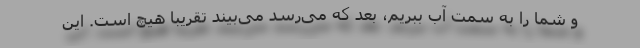
و شما را به سمت آب ببریم، بعد که می‌رسد می‌بیند تقریباً هیچ است. این